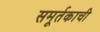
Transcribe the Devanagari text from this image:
समूर्तकाची